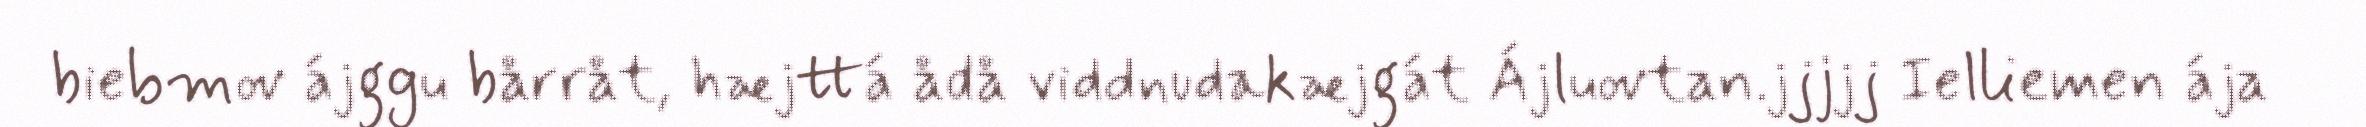
biebmov ájggu bårråt, hæjttá ådå viddnudakæjgát Ájluovtan.jjjjj Ielliemen ája